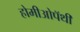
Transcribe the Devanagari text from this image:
होमीओपॅथी